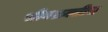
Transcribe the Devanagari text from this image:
सीवशक्तीच